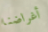
أغراضنا